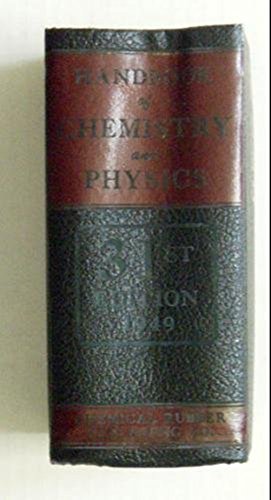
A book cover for Handbook of Chemistry and Physics: A Ready-Reference Book of Chemical and Physical Data (31st Edition); Science & Math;